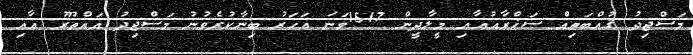
މަސްޖިދު ޤުއްބަތިއް ޞަޚްރާއުއާއި މީލާދީން 1517ވަނަ އަހަރު ބިނާކުރެވުނު މަސްޖިދު އައްޠޫރު އާއި